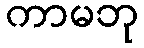
ကာမဘု